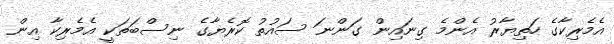
އެމެރިކާގެ ހަތިޔާރު އެންމެ ގިނައިން ގަންނަ ސައުތު ކޮރެޔާގެ ނިސްބަތަކީ އެމެރިކާ އިން